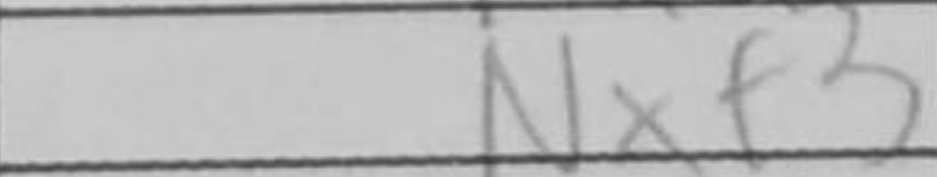
Transcription: Nxf3